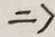
\Rightarrow